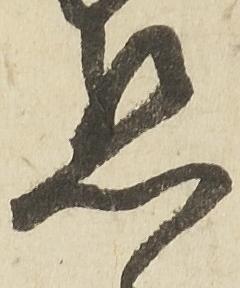
懇